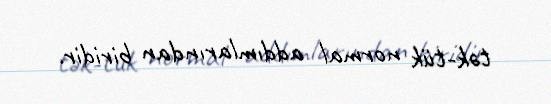
tək-tük normal addımlarından biridir.